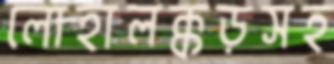
লোহালক্কড়সহ